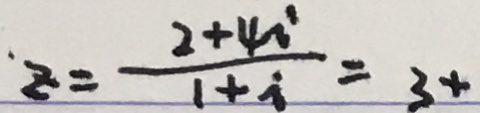
z = \frac { 2 + 4 0 ^ { \circ } } { 1 + i } = 3 +